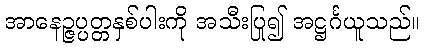
အာနေဉ္ဇပ္ပတ္တနှစ်ပါးကို အသီးပြု၍ အဋ္ဌင်္ဂယူသည်။